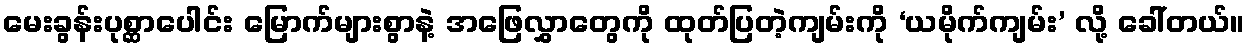
မေးခွန်းပုစ္ဆာပေါင်း မြောက်များစွာနဲ့ အဖြေလွှာတွေကို ထုတ်ပြတဲ့ကျမ်းကို ‘ယမိုက်ကျမ်း’ လို့ ခေါ်တယ်။